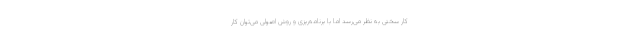
کار سختی به نظر می‌رسد اما با برنامه‌ریزی و روش اصولی می‌توان کار